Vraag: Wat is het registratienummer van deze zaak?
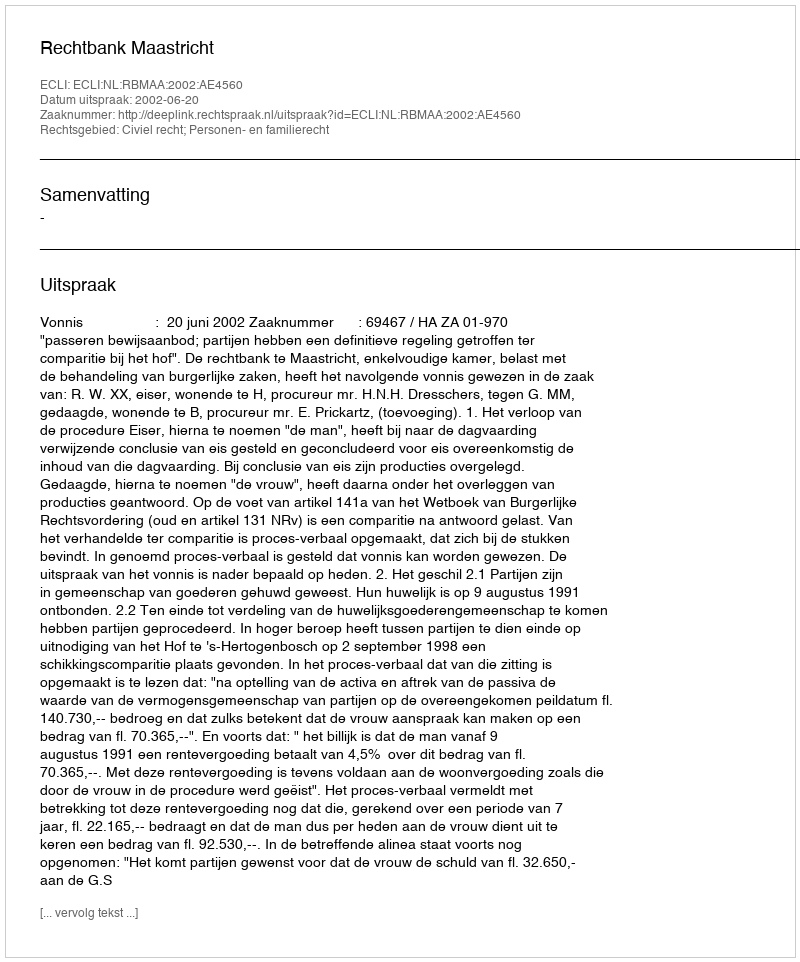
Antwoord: http://deeplink.rechtspraak.nl/uitspraak?id=ECLI:NL:RBMAA:2002:AE4560